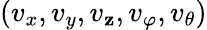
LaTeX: (v_{x},v_{y},v_{\mathbf{z}},v_{\varphi},v_{\theta})